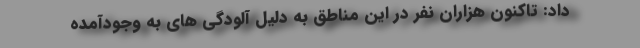
داد: تاکنون هزاران نفر در این مناطق به دلیل آلودگی های به وجودآمده